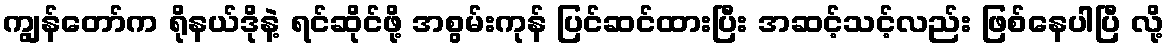
ကျွန်တော်က ရိုနယ်ဒိုနဲ့ ရင်ဆိုင်ဖို့ အစွမ်းကုန် ပြင်ဆင်ထားပြီး အဆင့်သင့်လည်း ဖြစ်နေပါပြီ လို့